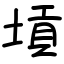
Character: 𡎴